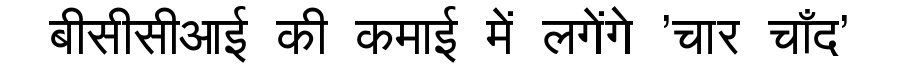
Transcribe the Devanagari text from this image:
बीसीसीआई की कमाई में लगेंगे 'चार चाँद'